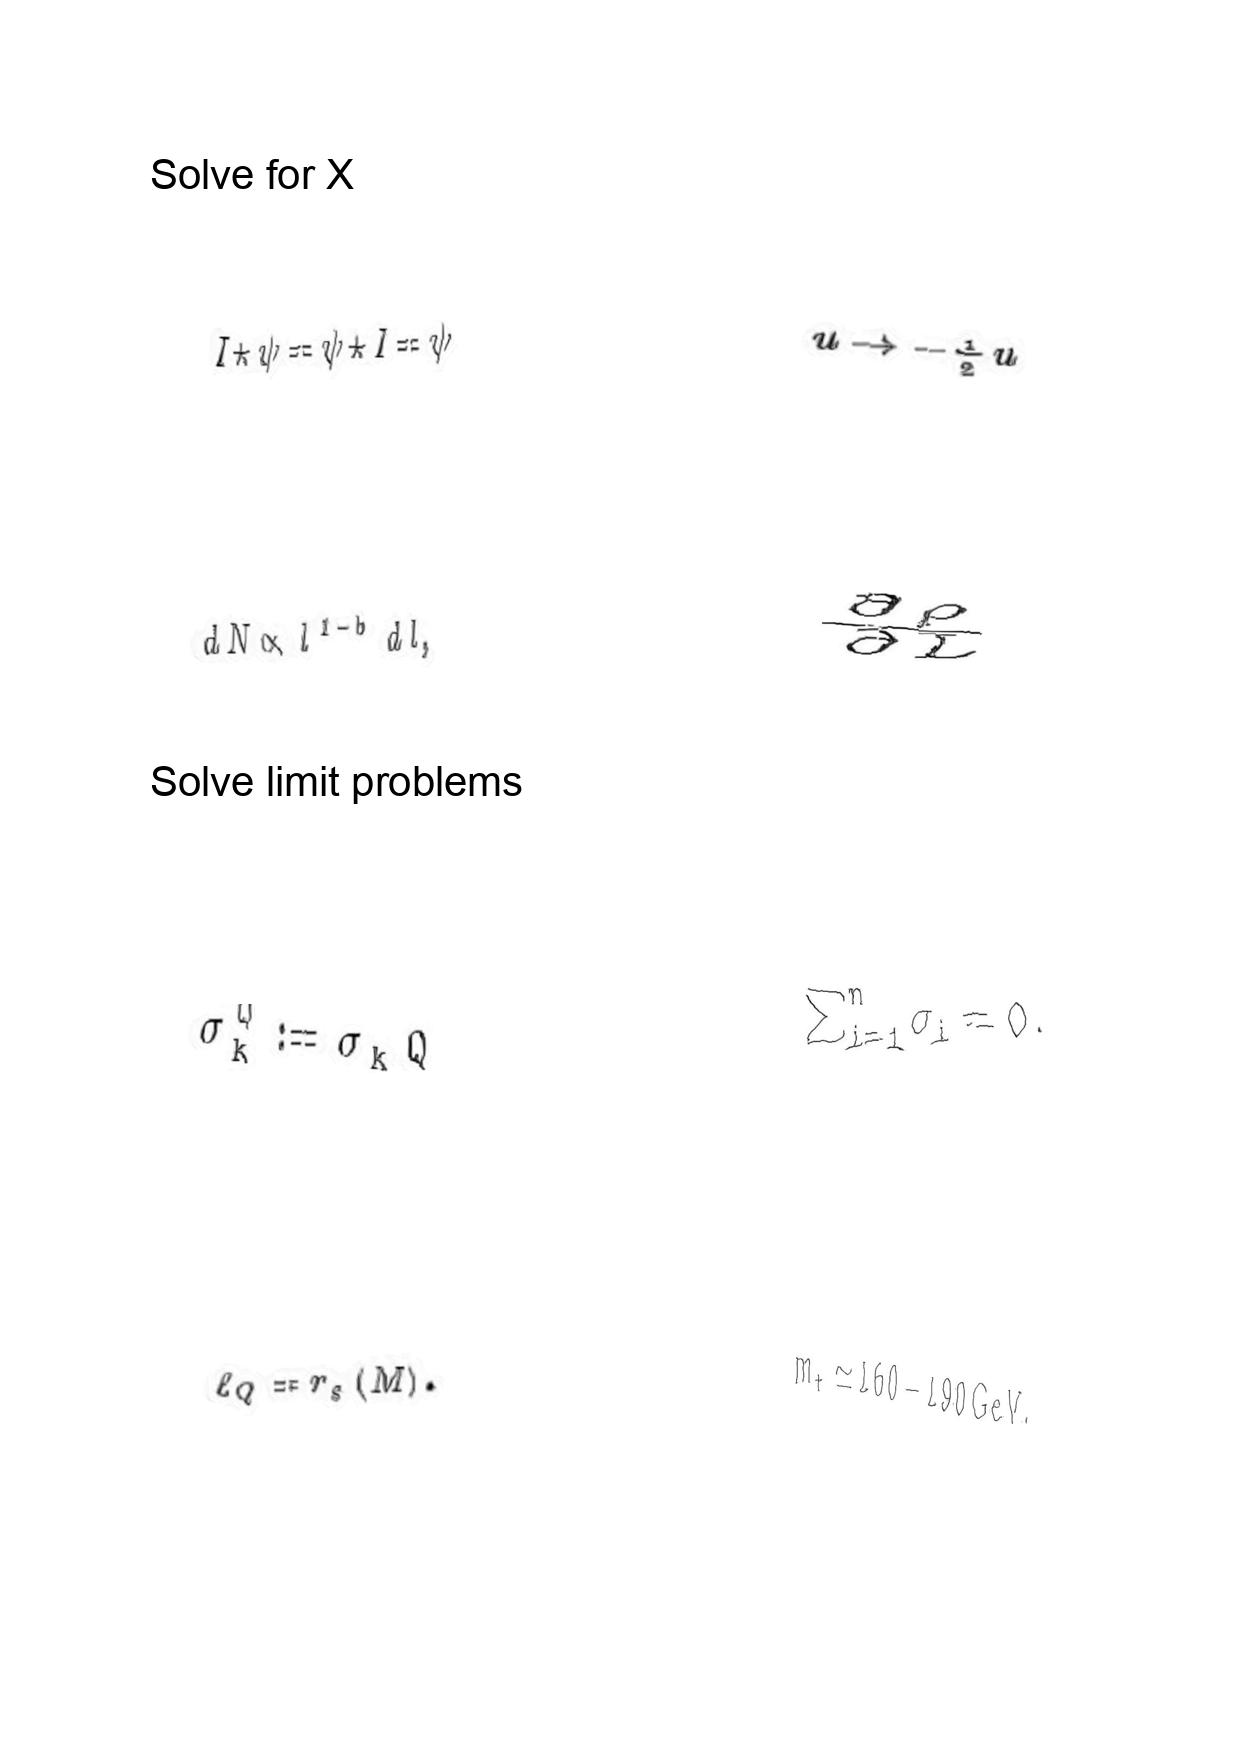
LaTeX transcription:
I \star \psi = \psi \star I = \psi
d N \propto l ^ { 1 - b } d l ,
\sigma _ { k } ^ { Q } : = \sigma _ { k } Q
\ell _ { Q } = r _ { s } \lparen M \rparen .
u \rightarrow - \frac { 1 } { 2 } u
\frac { \partial \rho } { \partial L }
\sum _ { i = 1 } ^ { n } \sigma _ { i } = 0 .
m _ { t } \simeq 1 6 0 - 1 9 0 \mathrm { G e V } ,